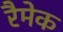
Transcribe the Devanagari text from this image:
रैमेक